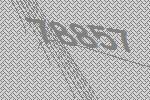
78857